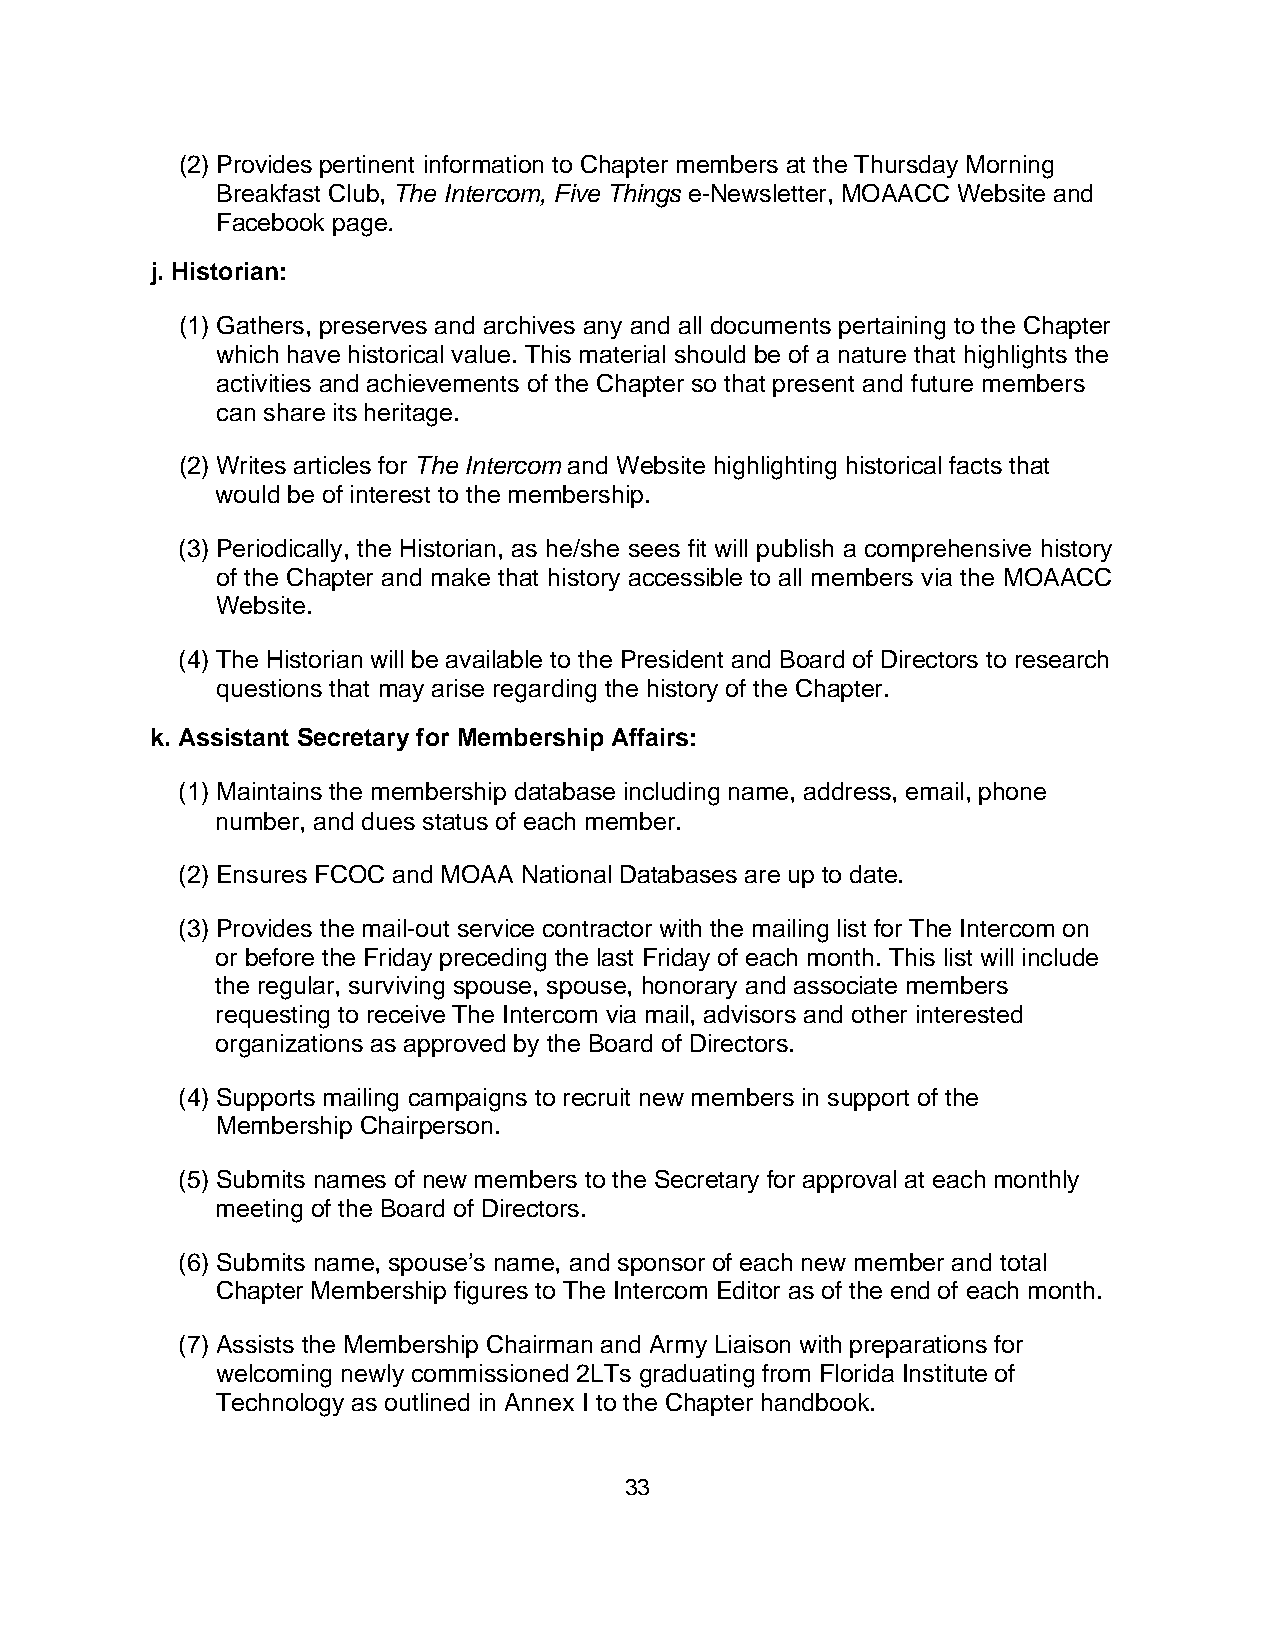
(2) Provides pertinent information to Chapter members at the Thursday Morning
 Breakfast Club, The Intercom, Five Things e-Newsletter, MOAACC Website and
 Facebook page.
 j. Historian:
 (1) Gathers, preserves and archives any and all documents pertaining to the Chapter
 which have historical value. This material should be of a nature that highlights the
 activities and achievements of the Chapter so that present and future members
 can share its heritage.
 (2) Writes articles for The Intercom and Website highlighting historical facts that
 would be of interest to the membership.
 (3) Periodically, the Historian, as he/she sees fit will publish a comprehensive history
 of the Chapter and make that history accessible to all members via the MOAACC
 Website.
 (4) The Historian will be available to the President and Board of Directors to research
 questions that may arise regarding the history of the Chapter.
 k. Assistant Secretary for Membership Affairs:
 (1) Maintains the membership database including name, address, email, phone
 number, and dues status of each member.
 (2) Ensures FCOC and MOAA National Databases are up to date.
 (3) Provides the mail-out service contractor with the mailing list for The Intercom on
 or before the Friday preceding the last Friday of each month. This list will include
 the regular, surviving spouse, spouse, honorary and associate members
 requesting to receive The Intercom via mail, advisors and other interested
 organizations as approved by the Board of Directors.
 (4) Supports mailing campaigns to recruit new members in support of the
 Membership Chairperson.
 (5) Submits names of new members to the Secretary for approval at each monthly
 meeting of the Board of Directors.
 (6) Submits name, spouse’s name, and sponsor of each new member and total
 Chapter Membership figures to The Intercom Editor as of the end of each month.
 (7) Assists the Membership Chairman and Army Liaison with preparations for
 welcoming newly commissioned 2LTs graduating from Florida Institute of
 Technology as outlined in Annex I to the Chapter handbook.
 33